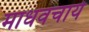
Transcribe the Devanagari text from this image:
माधवचार्य